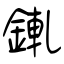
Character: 錷